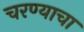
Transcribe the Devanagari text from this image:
चरण्याचा